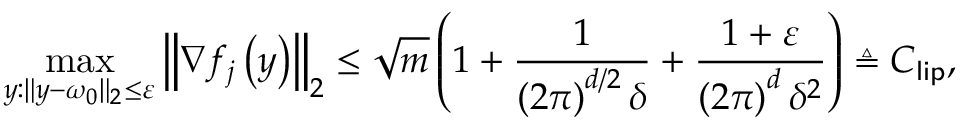
\operatorname* { m a x } _ { y : \Vert y - \omega _ { 0 } \Vert _ { 2 } \leq \varepsilon } \left\Vert \nabla f _ { j } \left( y \right) \right\Vert _ { 2 } \leq \sqrt { m } \left( 1 + \frac { 1 } { \left( 2 \pi \right) ^ { d / 2 } \delta } + \frac { 1 + \varepsilon } { \left( 2 \pi \right) ^ { d } \delta ^ { 2 } } \right) \triangleq C _ { \mathsf { l i p } } ,